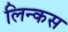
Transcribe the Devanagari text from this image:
लिन्कस